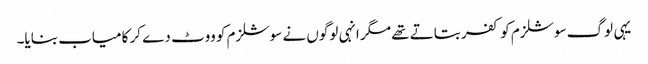
یہی لوگ سوشلزم کو کفر بتاتے تھے مگر انہی لوگوں نے سوشلزم کو ووٹ دے کر کامیاب بنایا۔